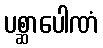
ပစ္ဆာပေါဏံ